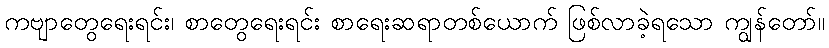
ကဗျာတွေရေးရင်း၊ စာတွေရေးရင်း စာရေးဆရာတစ်ယောက် ဖြစ်လာခဲ့ရသော ကျွန်တော်။